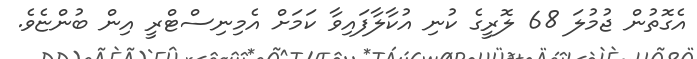
އެގޮތުން ޖުމުލަ 68 ލޮރީގެ ކުނި އުކާލާފައިވާ ކަމަށް އެމިނިސްޓްރީ އިން ބުންޏެވެ.